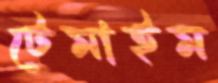
টেমাইম